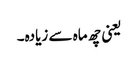
یعنی چھ ماہ سے زیادہ۔